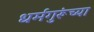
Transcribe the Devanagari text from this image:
धर्मगुरूंच्या